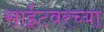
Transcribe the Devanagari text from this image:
साईटवरच्या